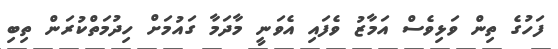
ފަހުގެ ތިން ވަޅިވެސް އަމާޒު ވެފައި އެވަނީ މާދަމާ ގައުމަށް ހިދުމަތްކުރަން ތިބި